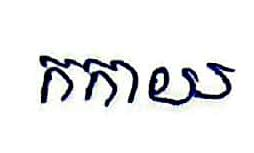
កកាយ